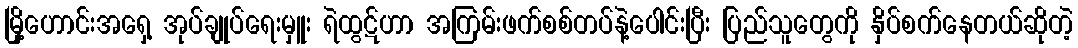
မြို့ဟောင်းအရှေ့ အုပ်ချုပ်ရေးမှူး ရဲထွဋ်ဟာ အကြမ်းဖက်စစ်တပ်နဲ့ပေါင်းပြီး ပြည်သူတွေကို နှိပ်စက်နေတယ်ဆိုတဲ့